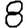
Digit: 8